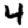
Digit: 4